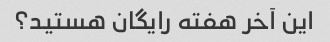
این آخر هفته رایگان هستید؟